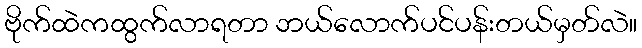
ဗိုက်ထဲကထွက်လာရတာ ဘယ်လောက်ပင်ပန်းတယ်မှတ်လဲ။